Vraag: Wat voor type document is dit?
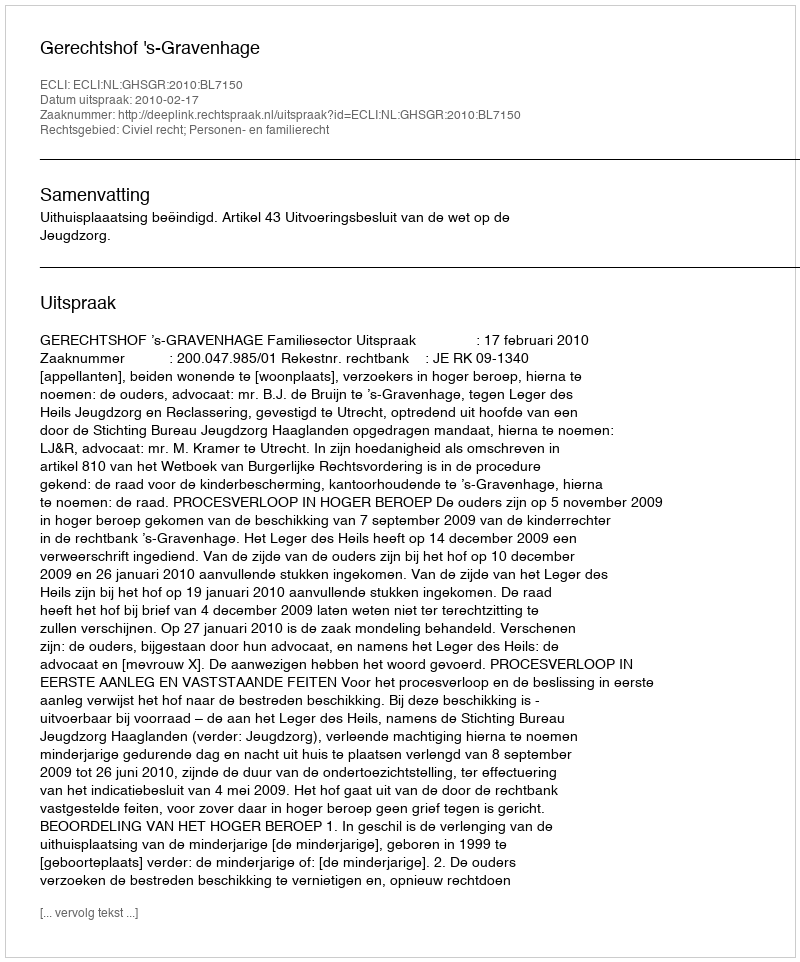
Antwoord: Uitspraak